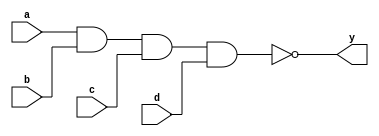
module sn74ls18(y, a, b, c, d);
input a, b, c, d;
output y;
parameter
	// TI TTL data book Vol 1, 1985
	tPLH_min=0, tPLH_typ=13, tPLH_max=20,
	tPHL_min=0, tPHL_typ=33, tPHL_max=55;

	nand #(tPLH_min : tPLH_typ : tPLH_max,
	  tPHL_min : tPHL_typ : tPHL_max)
	(y, a, b, c, d);

endmodule